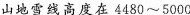
山地雪线高度在4480~5000